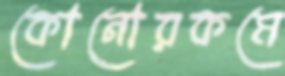
কোনোরকমে